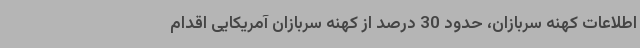
اطلاعات کهنه سربازان، حدود 30 درصد از کهنه سربازان آمریکایی اقدام